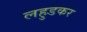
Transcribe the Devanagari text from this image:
लहुडकर